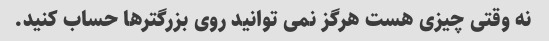
نه وقتی چیزی هست هرگز نمی توانید روی بزرگترها حساب کنید.